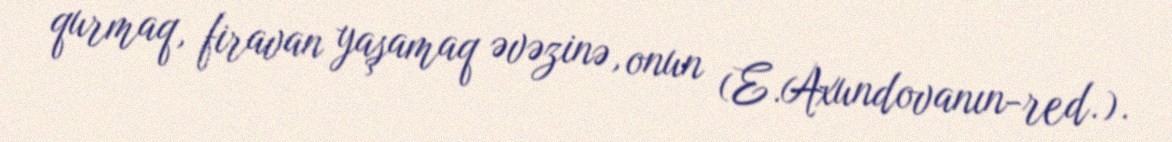
qurmaq, firavan yaşamaq əvəzinə, onun (E.Axundovanın-red.).